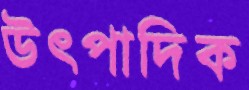
উৎপাদিক